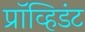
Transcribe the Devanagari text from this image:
प्रॉव्हिडंट